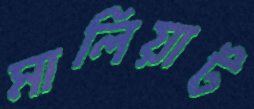
মালিয়াট